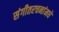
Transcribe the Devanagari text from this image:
संगीतरचनांमधे